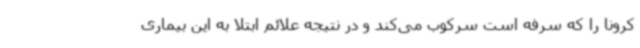
کرونا را که سرفه است سرکوب می‌کند و در نتیجه علائم ابتلا به این بیماری